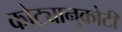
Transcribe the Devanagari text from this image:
कोट्यानुकोटी